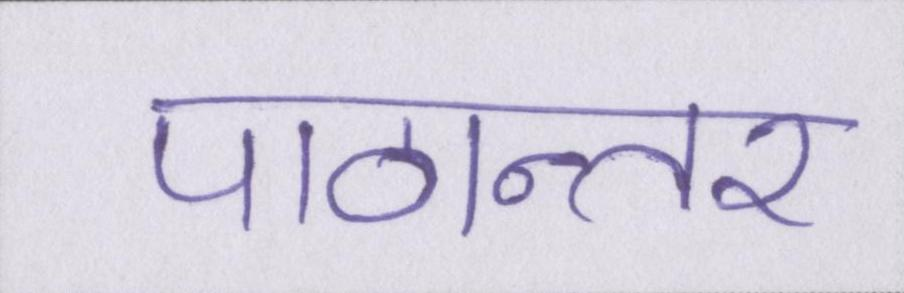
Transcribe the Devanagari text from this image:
पाठान्तर